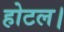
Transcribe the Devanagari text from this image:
होटल।